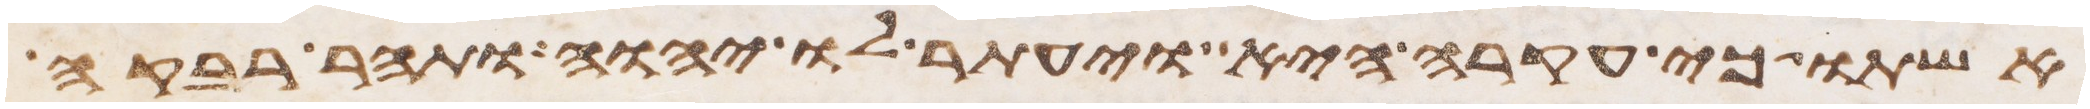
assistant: אשתו כי עקרה היא ויעתר לו יהוה ותהר רבקה